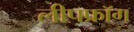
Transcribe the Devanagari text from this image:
लीपफ्रॉग